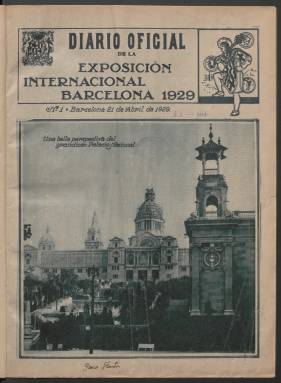
Título: Diario oficial de la Exposición Internacional de Barcelona 1929
Otros títulos: Título: Diario oficial, 4 ag. 1929-marzo1930 || Diario oficial de la Exposición Internacional de Barcelona || Diario oficial (Exposición Internacional de Barcelona 1929)
Colección: Revistas de información general
Ámbito geográfico: Barcelona
Lugar de publicación: Barcelona
Fechas: 21/04/1929-22/03/1930